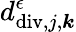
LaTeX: d_{\mathrm{div},j,\boldsymbol{k}}^{\epsilon}